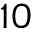
1 0